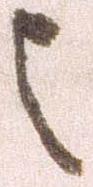
之